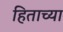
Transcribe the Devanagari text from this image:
हिताच्‍या